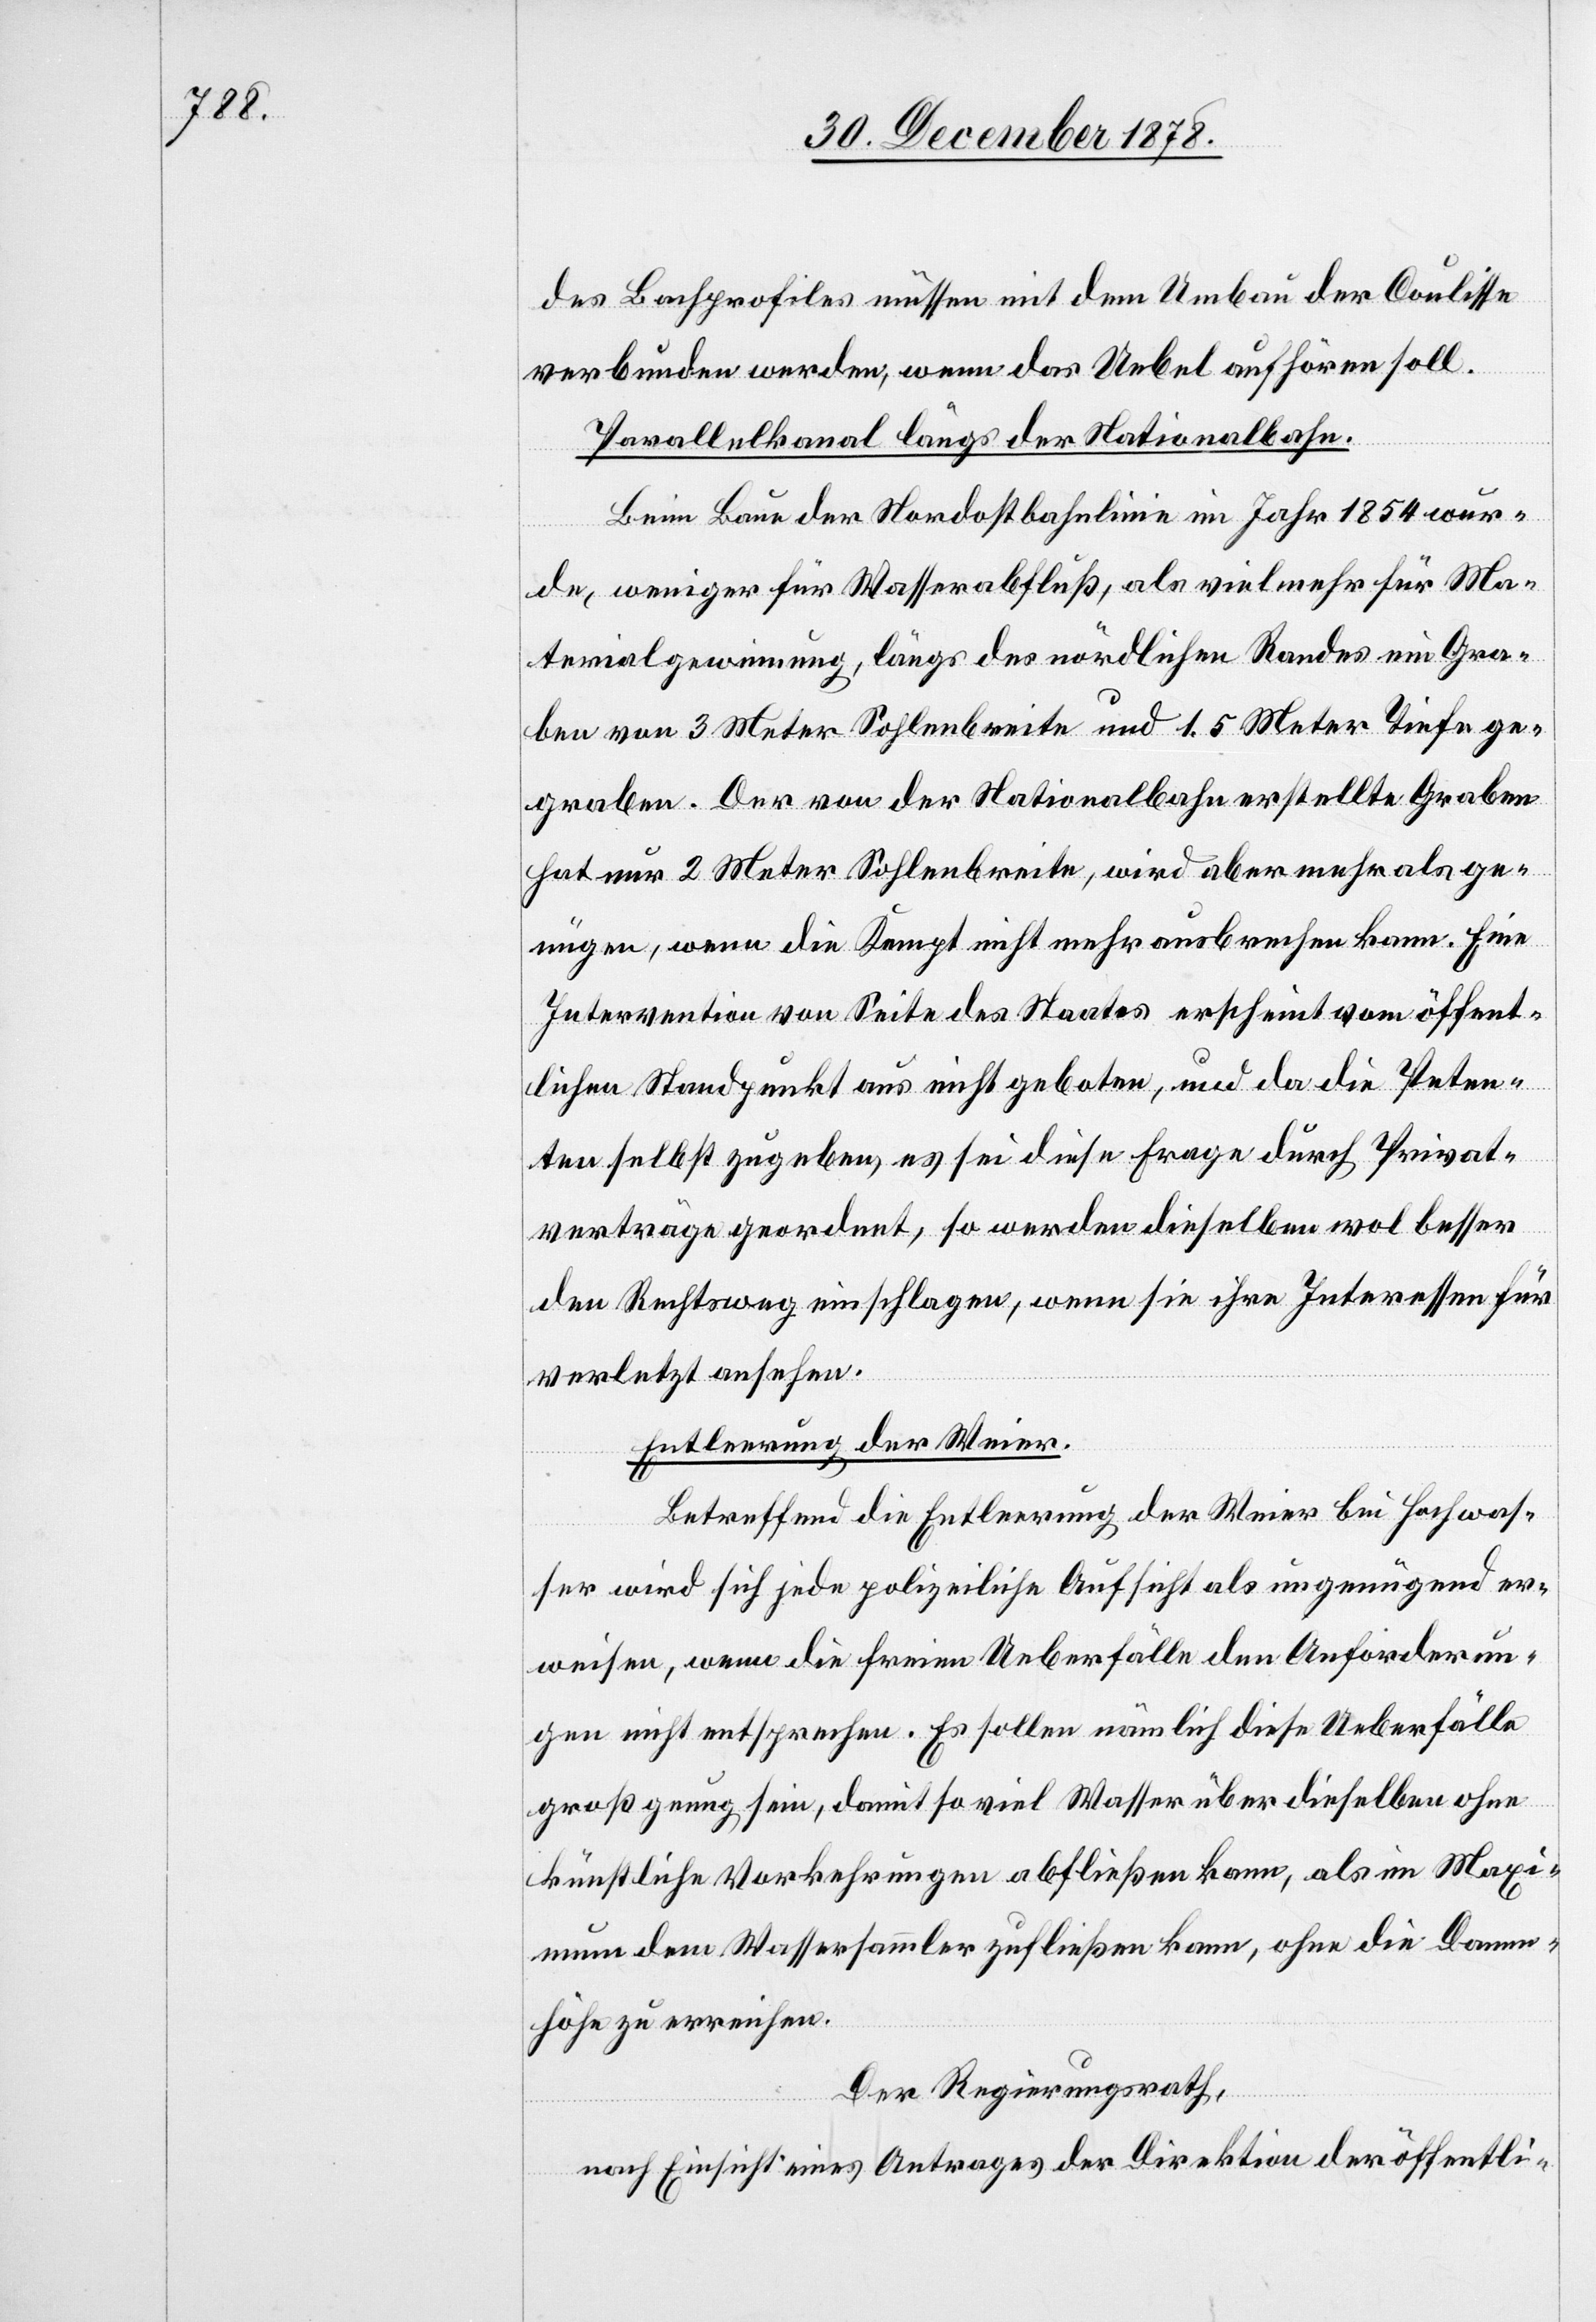
des Bachprofiles müssen mit dem Umbau der Coulisse
verbunden werden, wenn das Uebel aufhören soll.
Parallelkanal längs der Nationalbahn.
Beim Baue der Nordostbahnlinie im Jahr 1854 wur¬
de, weniger für Wasserabfluß, als vielmehr für Ma¬
terialgewinnung, längs des nördlichen Randes ein Gra¬
ben von 3 Meter Sohlenbreite und 1,5 Meter Tiefe ge¬
graben. Der von der Nationalbahn erstellte Graben
hat nur 2 Meter Sohlenbreite, wird aber mehr als ge¬
nügen, wenn die Kempt nicht mehr ausbrechen kann. Eine
Intervention von Seite des Staates erscheint vom öffent¬
lichen Standpunkt aus nicht geboten, und da die Peten¬
ten selbst zugeben, es sei diese Frage durch Privat¬
verträge geordnet, so werden dieselben wol besser
den Rechtsweg einschlagen, wenn sie ihre Interessen für
verletzt ansehen.
Entleerung der Weier.
Betreffend die Entleerung der Weier bei Hochwas¬
ser wird sich jede polizeiliche Aufsicht als ungenügend er¬
weisen, wenn die freien Ueberfälle den Anforderun¬
gen nicht entsprechen. Es sollen nämlich diese Ueberfälle
groß genug sein, damit so viel Wasser über dieselben ohne
künstliche Vorkehrungen abfließen kann, als im Maxi¬
mum dem Wassersammler zufließen kann, ohne die Damm¬
höhe zu erreichen.
Der Regierungsrath,
nach Einsicht eines Antrages der Direktion der öffentli-